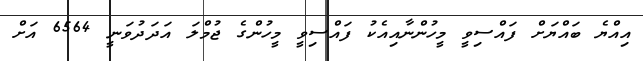
އިއްޔެ ބައްޔަށް ފައްސިވީ މީހުންނާއިއެކު ފައްސިވީ މީހުންގެ ޖުމްލަ އަދަދުވަނީ 6564 އަށް